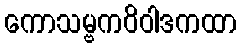
ကောသမ္ဗကဝိဝါဒကထာ